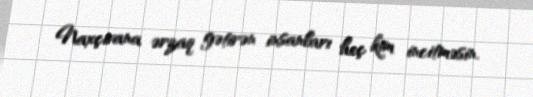
Naxçıvana ərzaq gətirən insanları heç kim incitməsin.